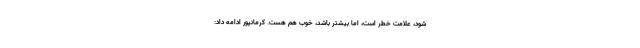
شود، علامت خطر است، اما بیشتر باشد، خوب هم هست. کرمانپور ادامه داد: